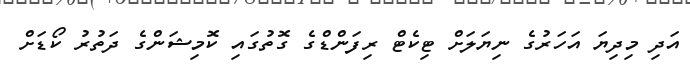
އަދި މިދިޔަ އަހަރުގެ ނިޔަލަށް ޓިކެޓް ރިފަންޑްގެ ގޮތުގައި ކޮމިޝަންގެ ދަތުރު ކޯޑަށް